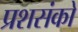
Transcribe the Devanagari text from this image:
प्रशसंको